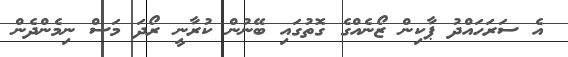
އެ ސަރަހައްދު ޕާކިން ޒޯނެއްގެ ގޮތުގައި ބޭނުން ކުރާނީ ރޯދަ މަސް ނިމެންދެން